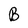
Character: B